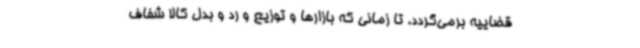
قضاییه برمی‌گردد. تا زمانی که بازارها و توزیع و رد و بدل کالا شفاف